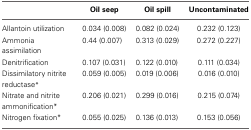
|  | Oil seep | Oil spill | Uncontaminated |
 | --- | --- | --- | --- |
 | Allantoin utilization | 0.034 (0.008) | 0.082 (0.024) | 0.232 (0.123) |
 | Ammonia assimilation | 0.44 (0.007) | 0.313 (0.029) | 0.272 (0.227) |
 | Denitrification | 0.107 (0.031) | 0.122 (0.010) | 0.111 (0.034) |
 | Dissimilatory nitrite reductase* | 0.059 (0.005) | 0.019 (0.006) | 0.016 (0.010) |
 | Nitrate and nitrite ammonification* | 0.206 (0.021) | 0.299 (0.016) | 0.215 (0.074) |
 | Nitrogen fixation* | 0.055 (0.025) | 0.136 (0.013) | 0.153 (0.056) |